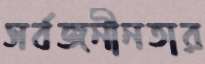
সর্বজনীনতার